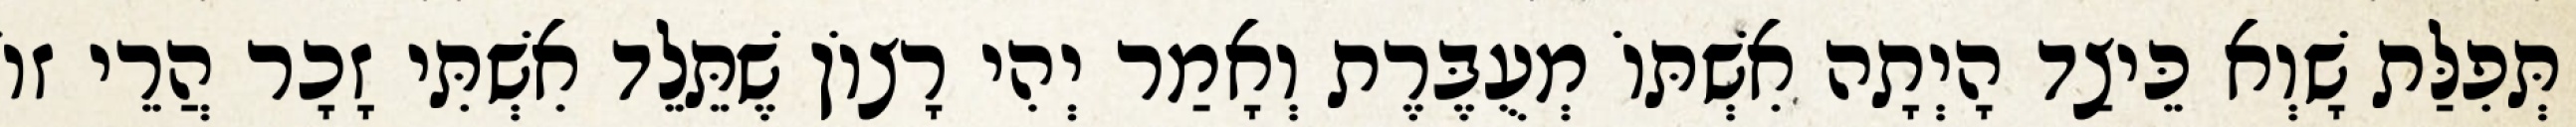
תְּפִלַּת שָׁוְא כֵּיצַד הָיְתָה אִשְׁתּוֹ מְעֻבֶּרֶת וְאָמַר יְהִי רָצוֹן שֶׁתֵּלֵד אִשְׁתִּי זָכָר הֲרֵי זוֹ